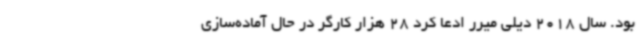
بود. سال 2018 دیلی میرر ادعا کرد 28 هزار کارگر در حال آماده‌سازی